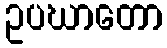
ဥပဃာတော